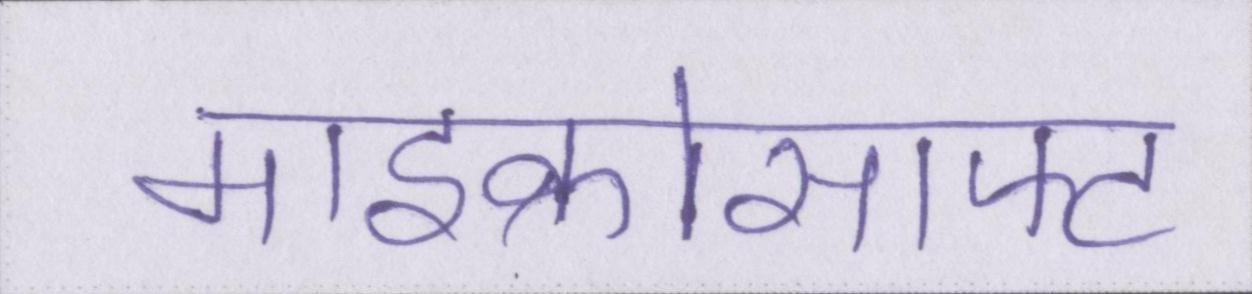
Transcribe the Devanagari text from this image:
माइक्रोसाफ्ट